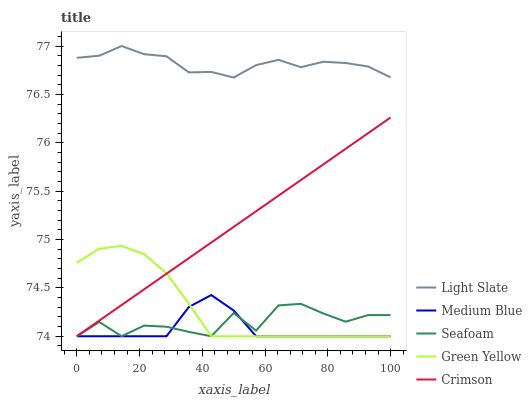
| xaxis_label | Light Slate | Medium Blue | Seafoam | Green Yellow | Crimson |
 | --- | --- | --- | --- | --- | --- |
 | 0 | 76.9 | 74 | 74 | 74.8 | 74 |
 | 7.14 | 76.9 | 74 | 74.1 | 74.9 | 74.2 |
 | 14.3 | 77 | 74 | 74 | 74.9 | 74.3 |
 | 21.4 | 76.9 | 74 | 74.1 | 74.8 | 74.5 |
 | 28.6 | 76.9 | 74 | 74.1 | 74.7 | 74.6 |
 | 35.7 | 76.7 | 74.3 | 74 | 74.3 | 74.8 |
 | 42.9 | 76.7 | 74.4 | 74 | 74 | 75 |
 | 50 | 76.7 | 74.3 | 74.2 | 74 | 75.1 |
 | 57.1 | 76.8 | 74 | 74.1 | 74 | 75.3 |
 | 64.3 | 76.9 | 74 | 74.3 | 74 | 75.5 |
 | 71.4 | 76.8 | 74 | 74.3 | 74 | 75.6 |
 | 78.6 | 76.8 | 74 | 74.2 | 74 | 75.8 |
 | 85.7 | 76.8 | 74 | 74.2 | 74 | 75.9 |
 | 92.9 | 76.8 | 74 | 74.2 | 74 | 76.1 |
 | 100 | 76.7 | 74 | 74.2 | 74 | 76.3 |